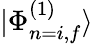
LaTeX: |\Phi_{n=i,f}^{(1)}\rangle